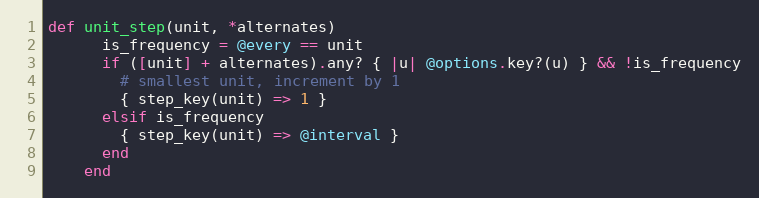
Language: Ruby
def unit_step(unit, *alternates)
      is_frequency = @every == unit
      if ([unit] + alternates).any? { |u| @options.key?(u) } && !is_frequency
        # smallest unit, increment by 1
        { step_key(unit) => 1 }
      elsif is_frequency
        { step_key(unit) => @interval }
      end
    end